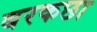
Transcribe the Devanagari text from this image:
बरकछा